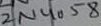
Text: 2N4058